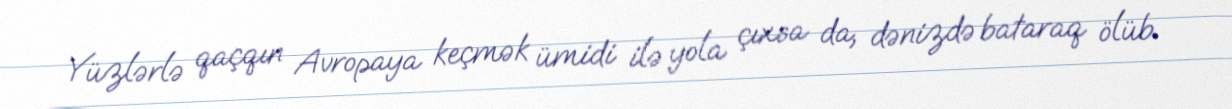
Yüzlərlə qaçqın Avropaya keçmək ümidi ilə yola çıxsa da, dənizdə bataraq ölüb.